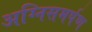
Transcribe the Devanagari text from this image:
अग्निसमर्पण